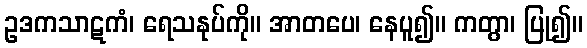
ဥဒကသာဋကံ၊ ရေသနုပ်ကို။ အာတပေ၊ နေပူ၍။ ကတွာ၊ ပြု၍။